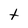
Character: t